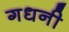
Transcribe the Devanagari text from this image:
गधनी